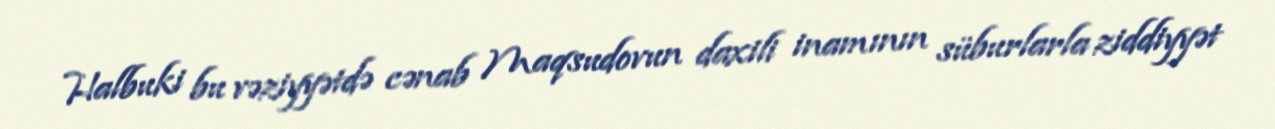
Halbuki bu vəziyyətdə cənab Maqsudovun daxili inamının süburlarla ziddiyyət